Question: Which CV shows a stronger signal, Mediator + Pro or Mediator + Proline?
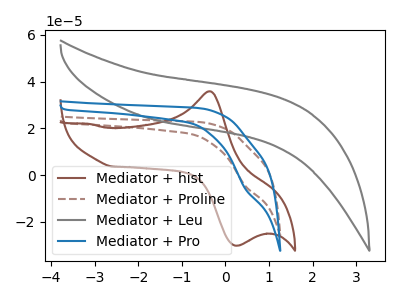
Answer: <think>The brown curve "Mediator + hist" has an anodic peak at (-0.40V, 35.90uA) and a cathodic peak at (0.20V, -30.15uA). The brown dashed curve "Mediator + Proline" has a cathodic peak at: (0.45V, -4.70uA). The gray curve "Mediator + Leu" has no peaks. The blue curve "Mediator + Pro" has a cathodic peak at: (0.45V, -5.90uA).
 All the peaks in "Mediator + Pro" have a peak in "Mediator + Proline" at the same potential. Every peak in "Mediator + Pro" is higher than every peak in "Mediator + Proline".</think>
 <answer>"Mediator + Pro" has more signal than "Mediator + Proline".</answer>
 <eval>more_signal</eval>